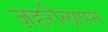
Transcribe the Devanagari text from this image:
ज़हरीलापन